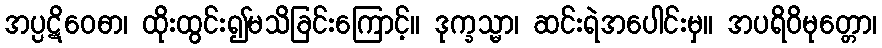
အပ္ပဋိဝေဓာ၊ ထိုးထွင်း၍မသိခြင်းကြောင့်။ ဒုက္ခသ္မာ၊ ဆင်းရဲအပေါင်းမှ။ အပရိဝိမုတ္တော၊